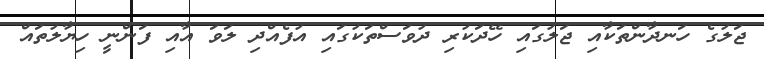
ޖަލުގެ ހަނދާންތަކާއި ޖަލުގައި ހޭދަކުރި ދުވަސްތަކުގައި އުފެއްދި ލަވަ އާއި ފަންނީ ހިޔާލުތައް